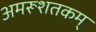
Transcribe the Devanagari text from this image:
अमरूशतकम्